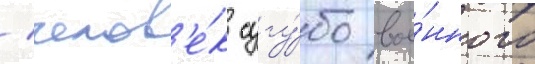
/ челов'е́к сугу́бо вое́нного